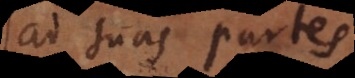
ad suas partes